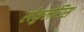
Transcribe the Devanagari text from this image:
स्पेकुलेरिस